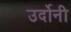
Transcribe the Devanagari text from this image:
उर्दोनी